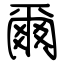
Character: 爾